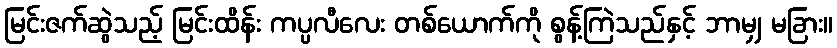
မြင်းဇက်ဆွဲသည့် မြင်းထိန်း ကပ္ပလီလေး တစ်ယောက်ကို စွန့်ကြဲသည်နှင့် ဘာမျှ မခြား။